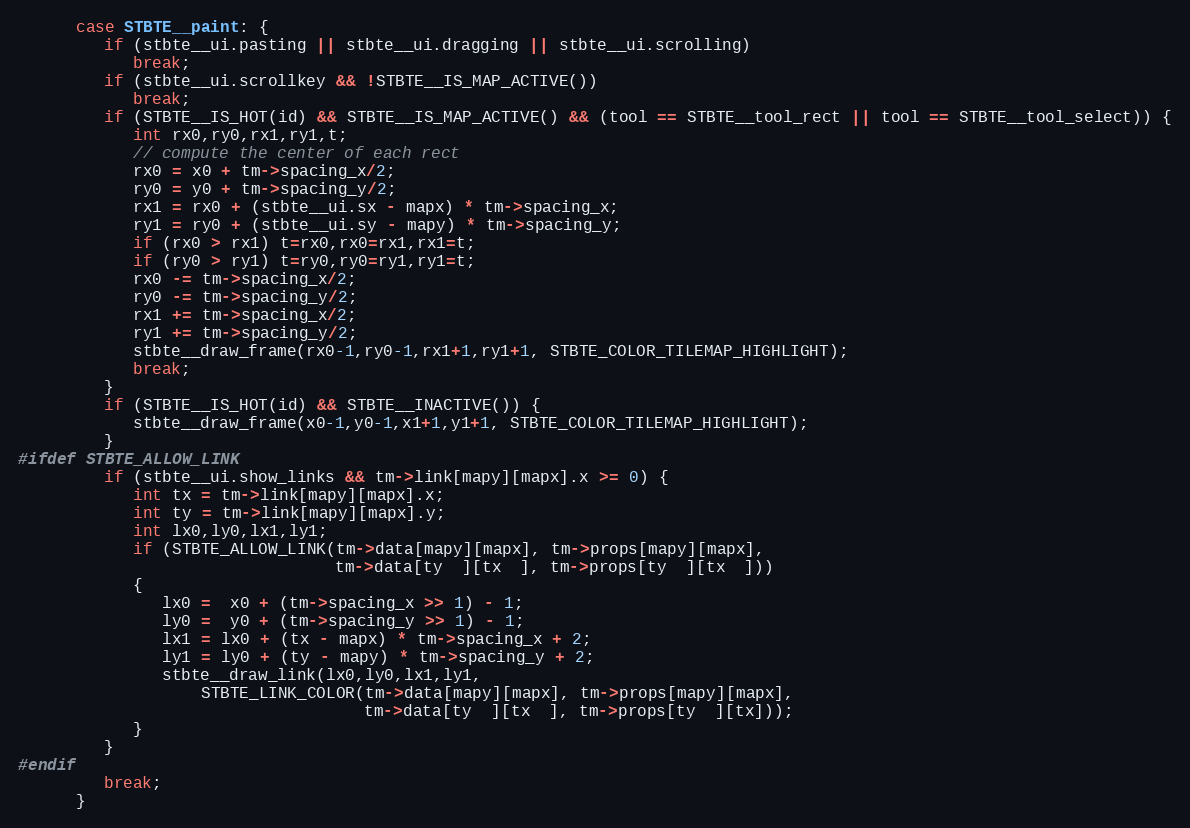
Language: C
      case STBTE__paint: {
         if (stbte__ui.pasting || stbte__ui.dragging || stbte__ui.scrolling)
            break;
         if (stbte__ui.scrollkey && !STBTE__IS_MAP_ACTIVE())
            break;
         if (STBTE__IS_HOT(id) && STBTE__IS_MAP_ACTIVE() && (tool == STBTE__tool_rect || tool == STBTE__tool_select)) {
            int rx0,ry0,rx1,ry1,t;
            // compute the center of each rect
            rx0 = x0 + tm->spacing_x/2;
            ry0 = y0 + tm->spacing_y/2;
            rx1 = rx0 + (stbte__ui.sx - mapx) * tm->spacing_x;
            ry1 = ry0 + (stbte__ui.sy - mapy) * tm->spacing_y;
            if (rx0 > rx1) t=rx0,rx0=rx1,rx1=t;
            if (ry0 > ry1) t=ry0,ry0=ry1,ry1=t;
            rx0 -= tm->spacing_x/2;
            ry0 -= tm->spacing_y/2;
            rx1 += tm->spacing_x/2;
            ry1 += tm->spacing_y/2;
            stbte__draw_frame(rx0-1,ry0-1,rx1+1,ry1+1, STBTE_COLOR_TILEMAP_HIGHLIGHT);
            break;
         }
         if (STBTE__IS_HOT(id) && STBTE__INACTIVE()) {
            stbte__draw_frame(x0-1,y0-1,x1+1,y1+1, STBTE_COLOR_TILEMAP_HIGHLIGHT);
         }
#ifdef STBTE_ALLOW_LINK
         if (stbte__ui.show_links && tm->link[mapy][mapx].x >= 0) {
            int tx = tm->link[mapy][mapx].x;
            int ty = tm->link[mapy][mapx].y;
            int lx0,ly0,lx1,ly1;
            if (STBTE_ALLOW_LINK(tm->data[mapy][mapx], tm->props[mapy][mapx],
                                 tm->data[ty  ][tx  ], tm->props[ty  ][tx  ]))
            {
               lx0 =  x0 + (tm->spacing_x >> 1) - 1;
               ly0 =  y0 + (tm->spacing_y >> 1) - 1;
               lx1 = lx0 + (tx - mapx) * tm->spacing_x + 2;
               ly1 = ly0 + (ty - mapy) * tm->spacing_y + 2;
               stbte__draw_link(lx0,ly0,lx1,ly1,
                   STBTE_LINK_COLOR(tm->data[mapy][mapx], tm->props[mapy][mapx],
                                    tm->data[ty  ][tx  ], tm->props[ty  ][tx]));
            }
         }
#endif
         break;
      }